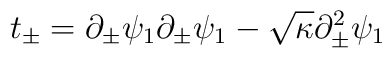
t_{\pm} = \partial_{\pm}\psi_1 \partial_{\pm}\psi_1 - \sqrt{\kappa}\partial^2_{\pm}\psi_1